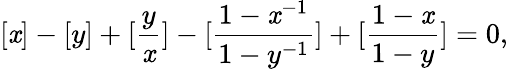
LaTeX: [\mathit{x}]-[y]+[\frac{{y}}{{\mathit{x}}}]-[\frac{{1-\mathit{x}^{-1}}}{{1-y^{-1}}}]+[\frac{{1-\mathit{x}}}{{1-y}}]=0,